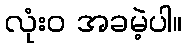
လုံးဝ အခမဲ့ပါ။